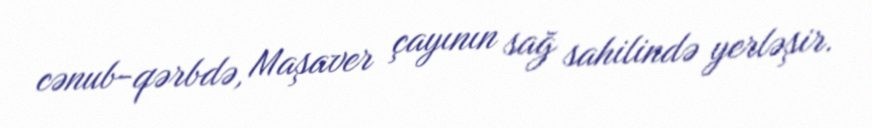
cənub-qərbdə, Maşaver çayının sağ sahilində yerləşir.